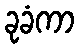
ခုခံကာ